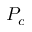
P _ { c }